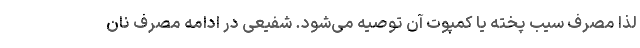
لذا مصرف سیب پخته یا کمپوت آن توصیه می‌شود. شفیعی در ادامه مصرف نان